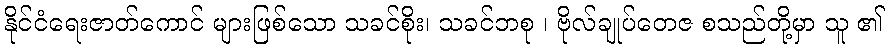
နိုင်ငံရေးဇာတ်ကောင် များဖြစ်သော သခင်စိုး၊ သခင်ဘစု ၊ ဗိုလ်ချုပ်တေဇ စသည်တို့မှာ သူ ၏